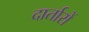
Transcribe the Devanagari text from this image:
दार्तारों